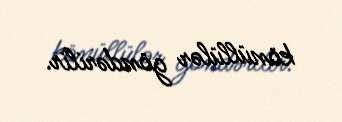
könüllülər göndərilir.